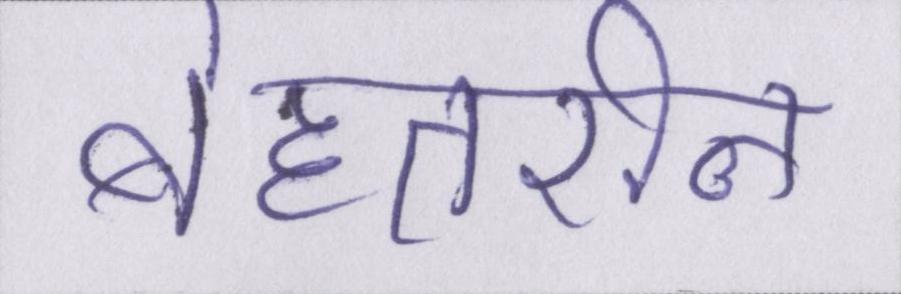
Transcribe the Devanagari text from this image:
बेहतरीन